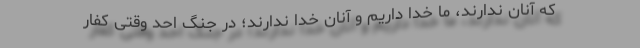
که آنان ندارند، ما خدا داریم و آنان خدا ندارند؛ در جنگ احد وقتی کفار